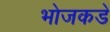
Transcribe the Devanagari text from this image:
भोजकडे